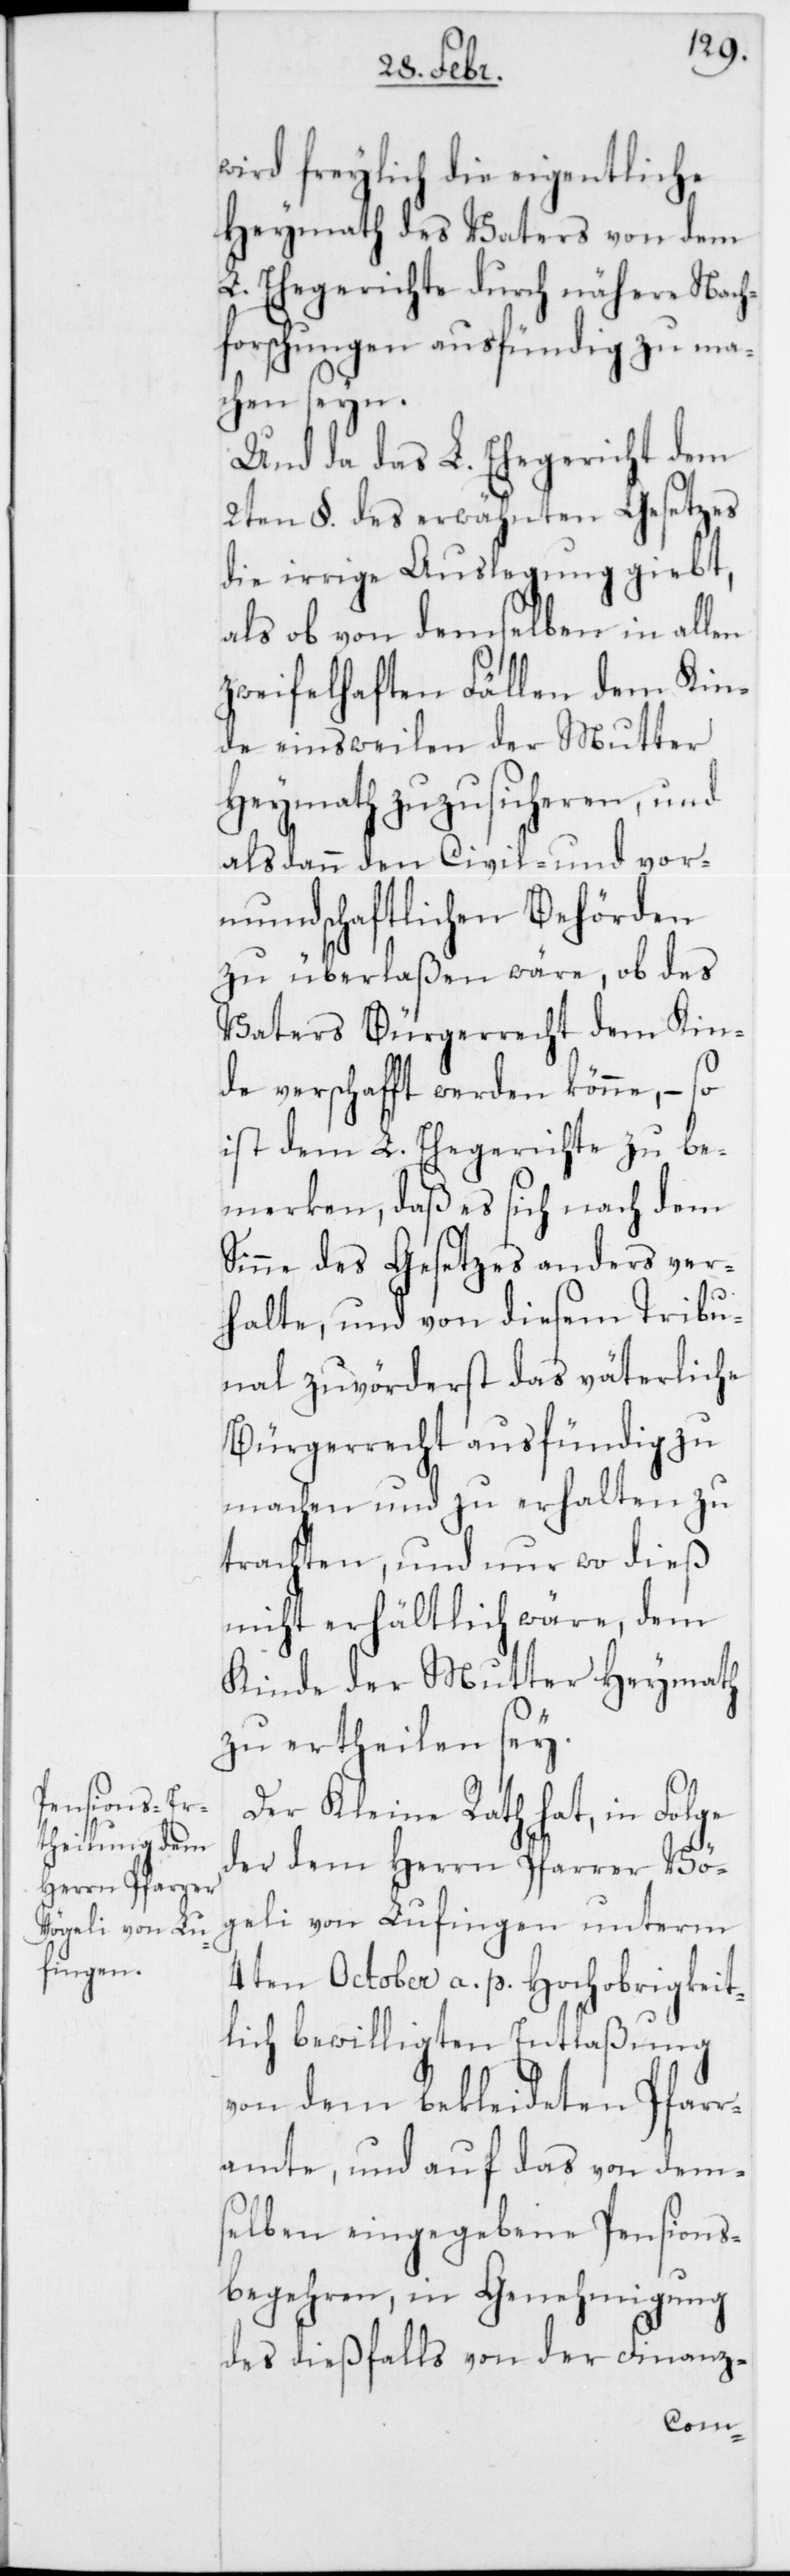
wird freylich die eigentliche
Heymath des Vaters von dem
L. Ehegerichte durch nähere Nach¬
forschungen ausfündig zu ma¬
chen seyn.
Und da das L. Ehegericht dem
2ten §. des erwähnten Gesetzes
die irrige Auslegung giebt,
als ob von demselben in allen
zweifelhaften Fällen dem Kin¬
de einstweilen der Mutter
Heymath zuzusicheren, und
alsdann den Civil- und vor¬
mundschaftlichen Behörden
zu überlaßen wäre, ob des
Vaters Bürgerrecht dem Kin¬
de verschafft werden könne, – so
ist dem L. Ehegerichte zu be¬
merken, daß es sich nach dem
Sinne des Gesetzes anders ver¬
halte, und von diesem Tribu¬
nal zuvörderst das väterliche
Bürgerrecht ausfündig zu
machen und zu erhalten zu
trachten, und nur wo dieß
nicht erhältlich wäre, dem
Kinde der Mutter Heymath
zu ertheilen sey.
Der Kleine Rath hat, in Folge
der dem Herrn Pfarrer Vö¬
geli von Lufingen unterm
4ten October a. p. Hochobrigkeit¬
lich bewilligten Entlaßung
von dem bekleideten Pfarr¬
amte, und auf das von dem¬
selben eingegebene Pensions¬
begehren, in Genehmigung
des dießfalls von der Finanz-